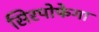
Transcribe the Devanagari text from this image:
सिरपोफेगा